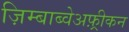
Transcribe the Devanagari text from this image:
ज़िम्बाब्वेअफ़्रीकन